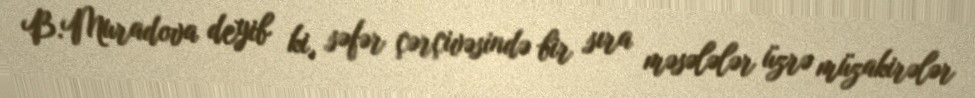
B.Muradova deyib ki, səfər çərçivəsində bir sıra məsələlər üzrə müzakirələr